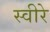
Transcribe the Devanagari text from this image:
स्वीरे